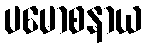
ပမောစနာယ